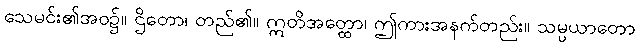
သေမင်း၏အဝ၌။ ဌိတော၊ တည်၏။ ဣတိအတ္ထော၊ ဤကားအနက်တည်း။ သမ္ပယာတော